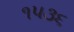
૧૫૩૬